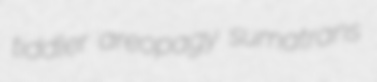
tiddler areopagy sumatrans